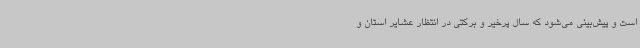
است و پیش‌بینی می‌شود که سال پرخیر و برکتی در انتظار عشایر استان و